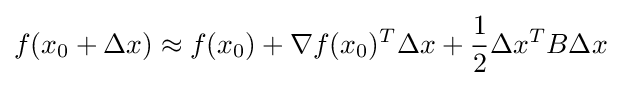
f(x_{0}+\Delta x)\approx f(x_{0})+\nabla f(x_{0})^{T}\Delta x+{\frac {1}{2}}\Delta x^{T}{B}\Delta x